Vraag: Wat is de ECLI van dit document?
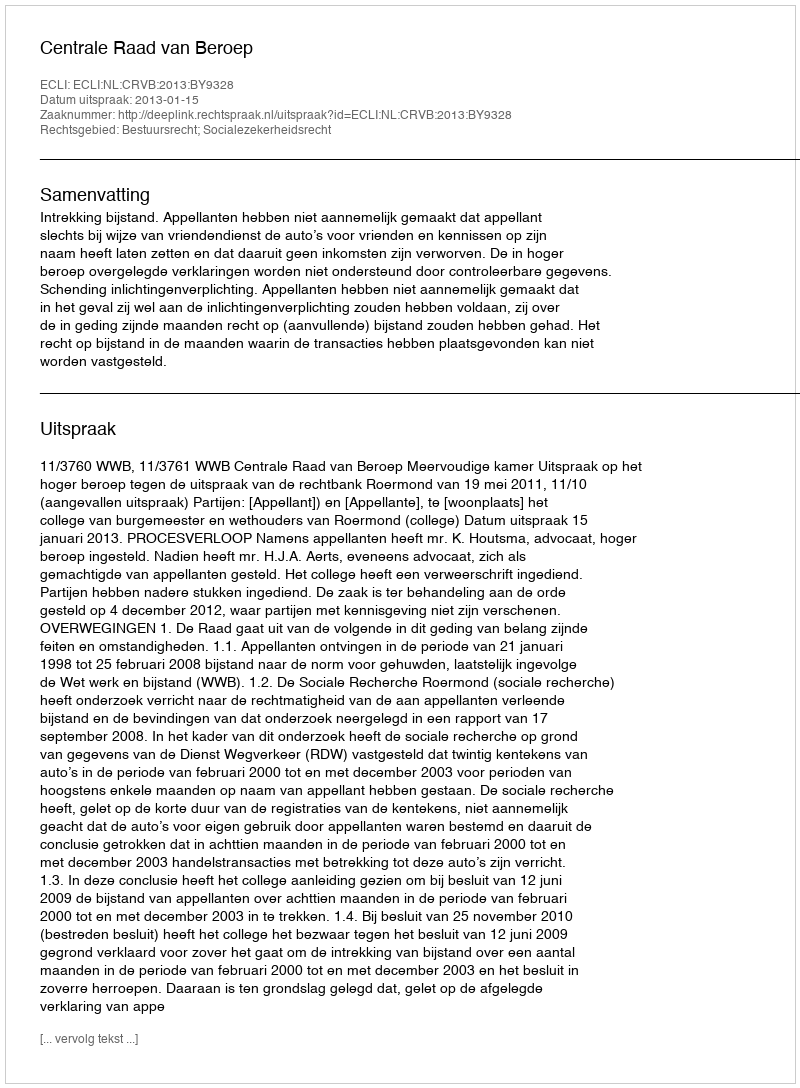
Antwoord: ECLI:NL:CRVB:2013:BY9328